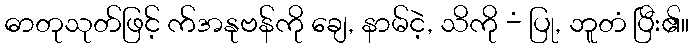
ဓာတုသုတ်ဖြင့် က်အနုဗန်ကို ချေ, နာမ်ငဲ့, သိကို -ံ ပြု, ဘူတံ ပြီး၏။